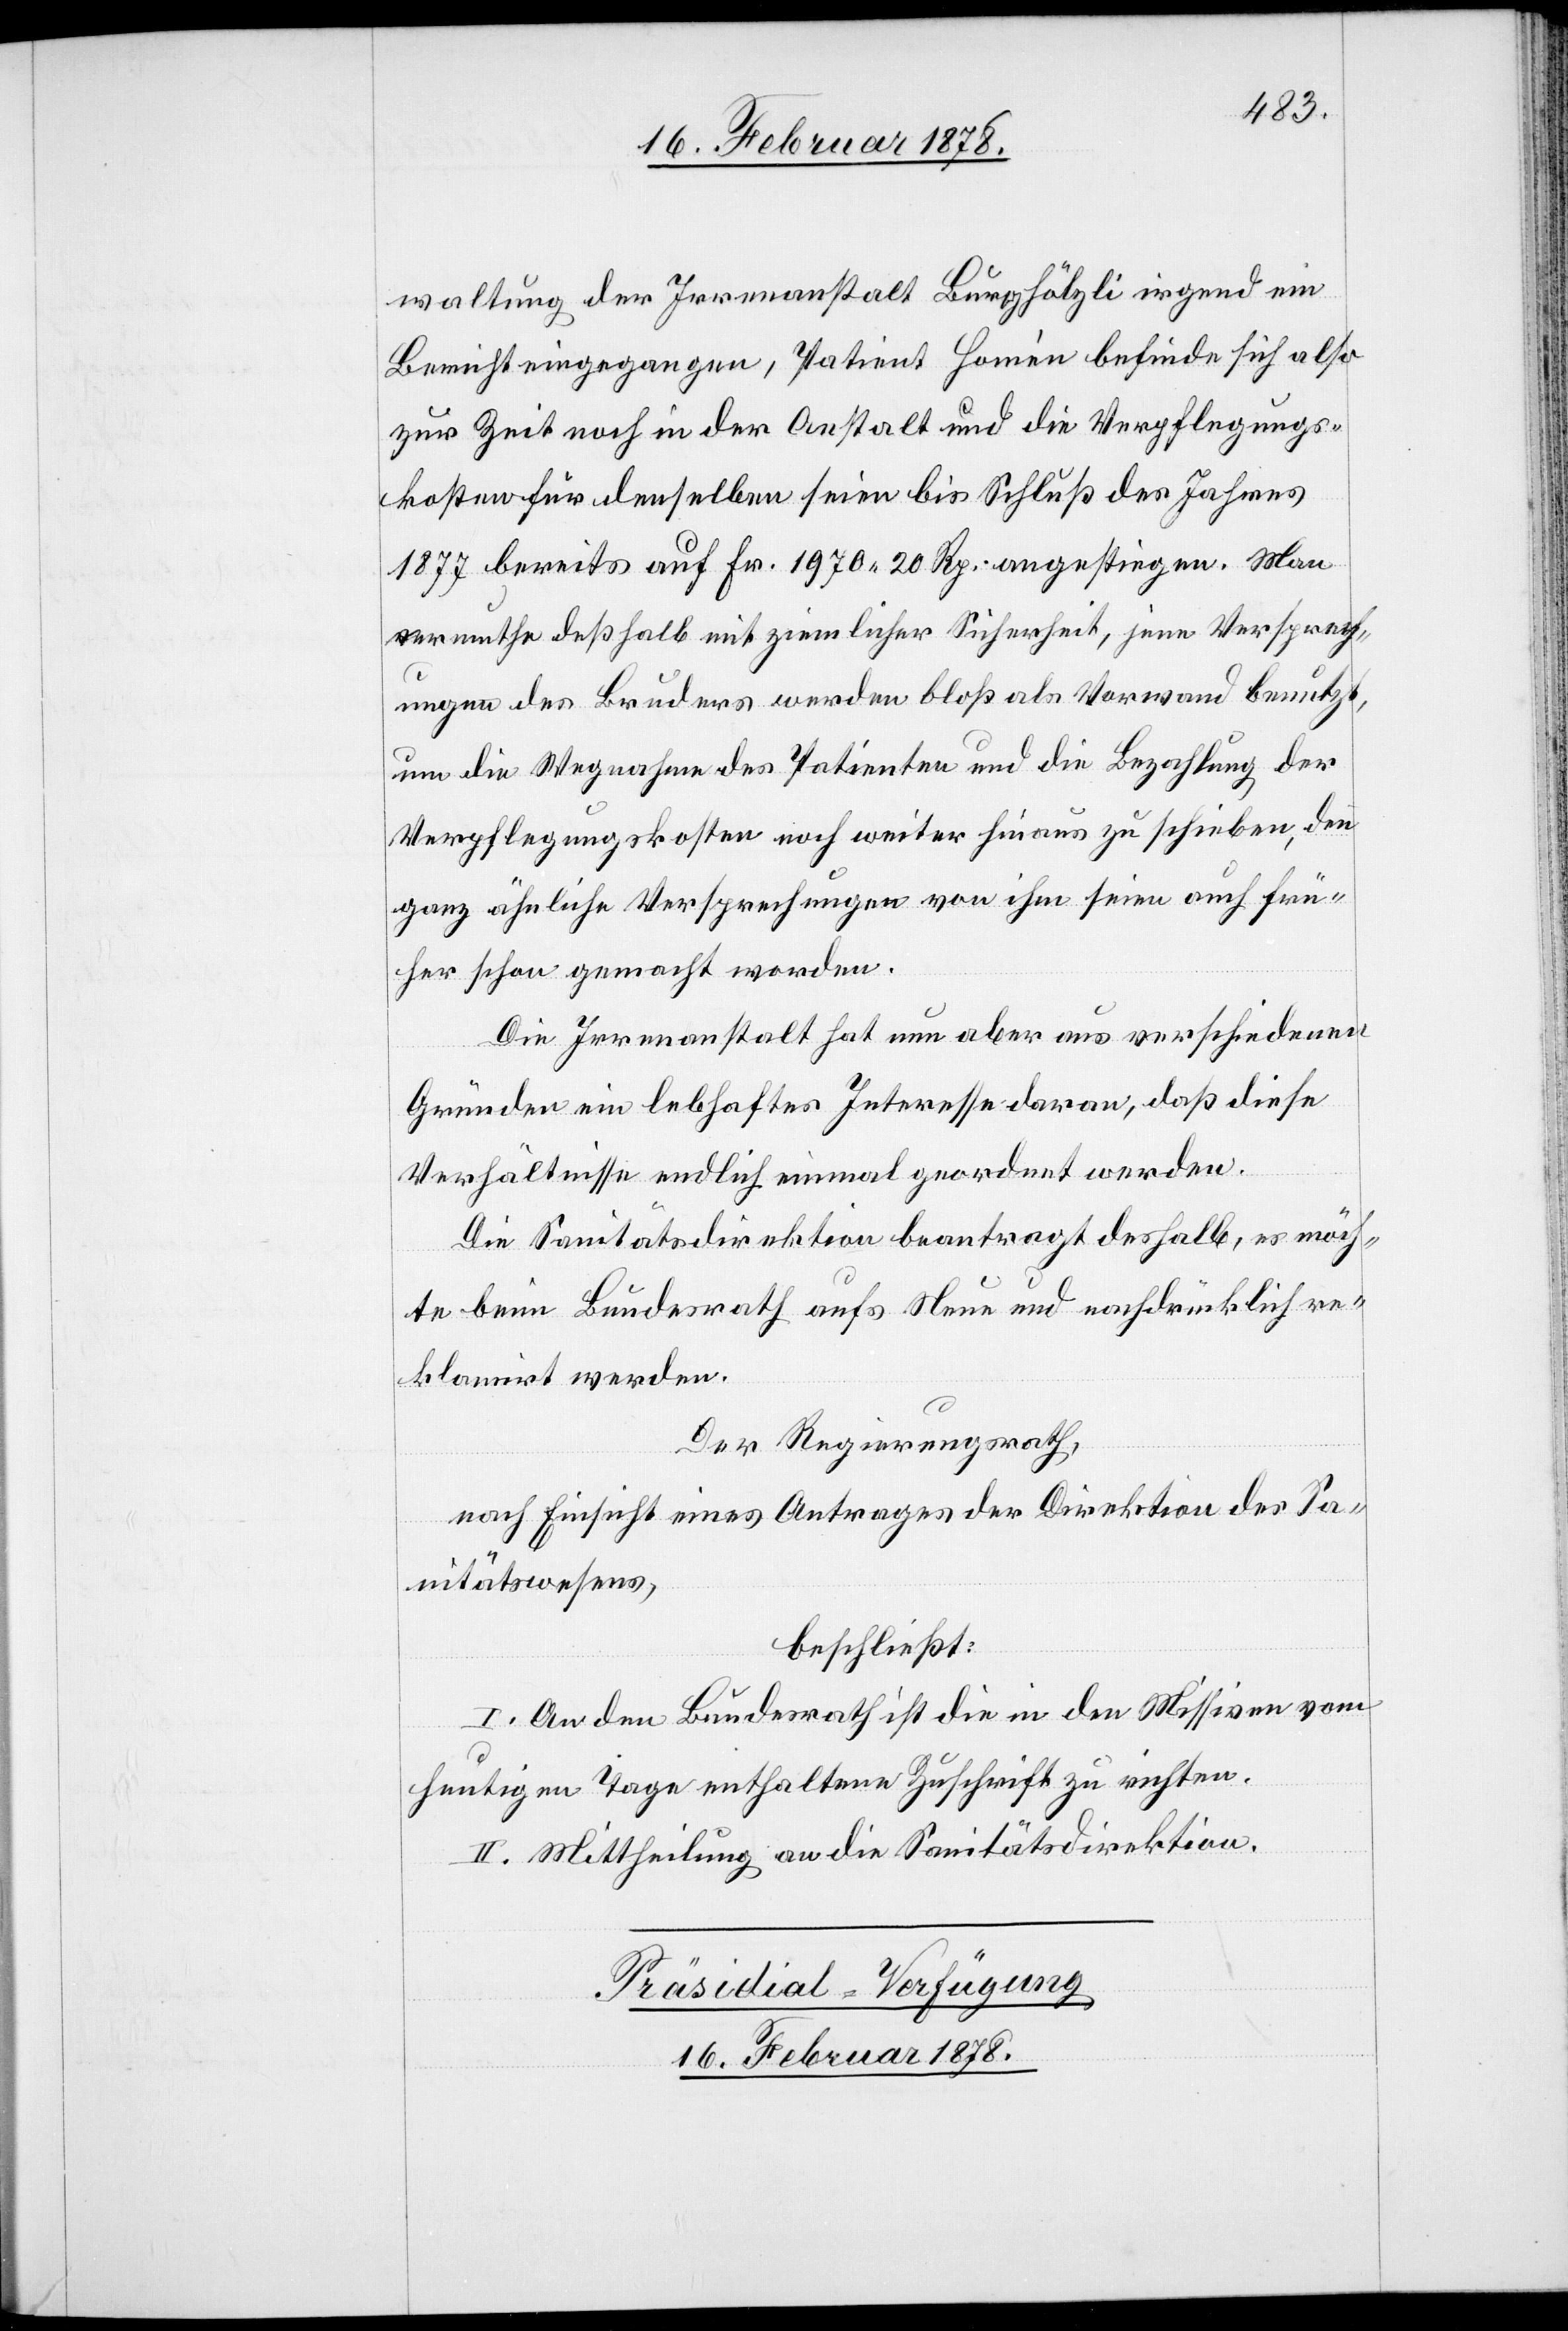
waltung der Irrenanstalt Burghölzli irgend ein
Bericht eingegangen, Patient Homée befinde sich also
zur Zeit noch in der Anstalt und die Verpflegungs¬
kosten für denselben seien bis Schluß des Jahres
1877 bereits auf Fr. 1970. 20 Rp. angestiegen. Man
vermuthe deßhalb mit ziemlicher Sicherheit, jene Versprech¬
ungen des Bruders werden bloß als Vorwand benutzt,
um die Wegnahme des Patienten und die Bezahlung der
Verpflegungskosten noch weiter hinaus zu schieben, denn
ganz ähnliche Versprechungen von ihm seien auch frü¬
her schon gemacht worden.
Die Irrenanstalt hat nun aber aus verschiedenen
Gründen ein lebhaftes Interesse daran, daß diese
Verhältnisse endlich einmal geordnet werden.
Die Sanitätsdirektion beantragt deshalb, es möch¬
te beim Bundesrath aufs Neue und nachdrücklich re¬
klamirt werden.
Der Regierungsrath,
nach Einsicht eines Antrages der Direktion des Sa¬
nitätswesens,
beschließt:
I. An den Bundesrath ist die in den Missiven vom
heutigen Tage enthaltene Zuschrift zu richten.
II. Mittheilung an die Sanitätsdirektion.
Präsidial-Verfügung
16. Februar 1878.